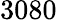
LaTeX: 3080